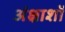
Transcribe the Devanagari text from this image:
अंक्षाशों